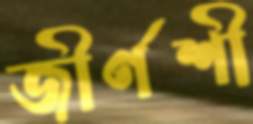
জীর্ণশী